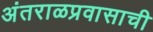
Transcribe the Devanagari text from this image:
अंतराळप्रवासाची